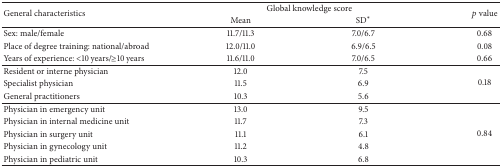
| <ROWSPAN=2> General characteristics | <COLSPAN=2> Global knowledge score | <ROWSPAN=2> p value |
 | Mean | SD∗ |
 | --- | --- | --- | --- |
 | Sex: male/female | 11.7/11.3 | 7.0/6.7 | 0.68 |
 | Place of degree training: national/abroad | 12.0/11.0 | 6.9/6.5 | 0.08 |
 | Years of experience: <10 years/≥10 years | 11.6/11.0 | 7.0/6.5 | 0.66 |
 | Resident or interne physician | 12.0 | 7.5 | <ROWSPAN=3> 0.18 |
 | Specialist physician | 11.5 | 6.9 |
 | General practitioners | 10.3 | 5.6 |
 | Physician in emergency unit | 13.0 | 9.5 | <ROWSPAN=5> 0.84 |
 | Physician in internal medicine unit | 11.7 | 7.3 |
 | Physician in surgery unit | 11.1 | 6.1 |
 | Physician in gynecology unit | 11.2 | 4.8 |
 | Physician in pediatric unit | 10.3 | 6.8 |